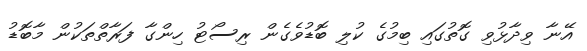
އޭނާ ވިދާޅުވި ގޮތުގައި ބިމުގެ ކުލި ބޮޑުވެގެން ރިސޯޓު ހިންގާ ފަރާތްތަކުން މާބޮޑު